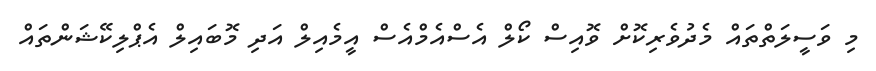
މި ވަސީލަތްތައް މެދުވެރިކޮށް ވޮއިސް ކޯލް އެސްއެމްއެސް އީމެއިލް އަދި މޮބައިލް އެޕްލިކޭޝަންތައް